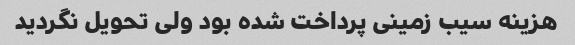
هزینه سیب زمینی پرداخت شده بود ولی تحویل نگردید